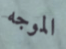
الموجه